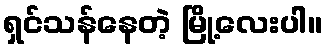
ရှင်သန်နေတဲ့ မြို့လေးပါ။